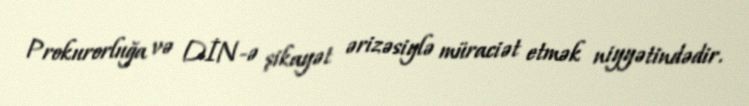
Prokurorluğa və DİN-ə şikayət ərizəsiylə müraciət etmək niyyətindədir.